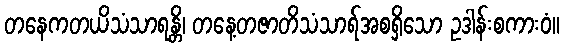
တနေကတယိသံသာရန္တိ၊ တနေ့တဇာတိသံသာရ်အစရှိသော ဥဒါန်းစကားဝံ။